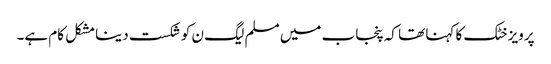
پرویز خٹک کا کہنا تھا کہ پنجاب میں مسلم لیگ ن کو شکست دینا مشکل کام ہے۔